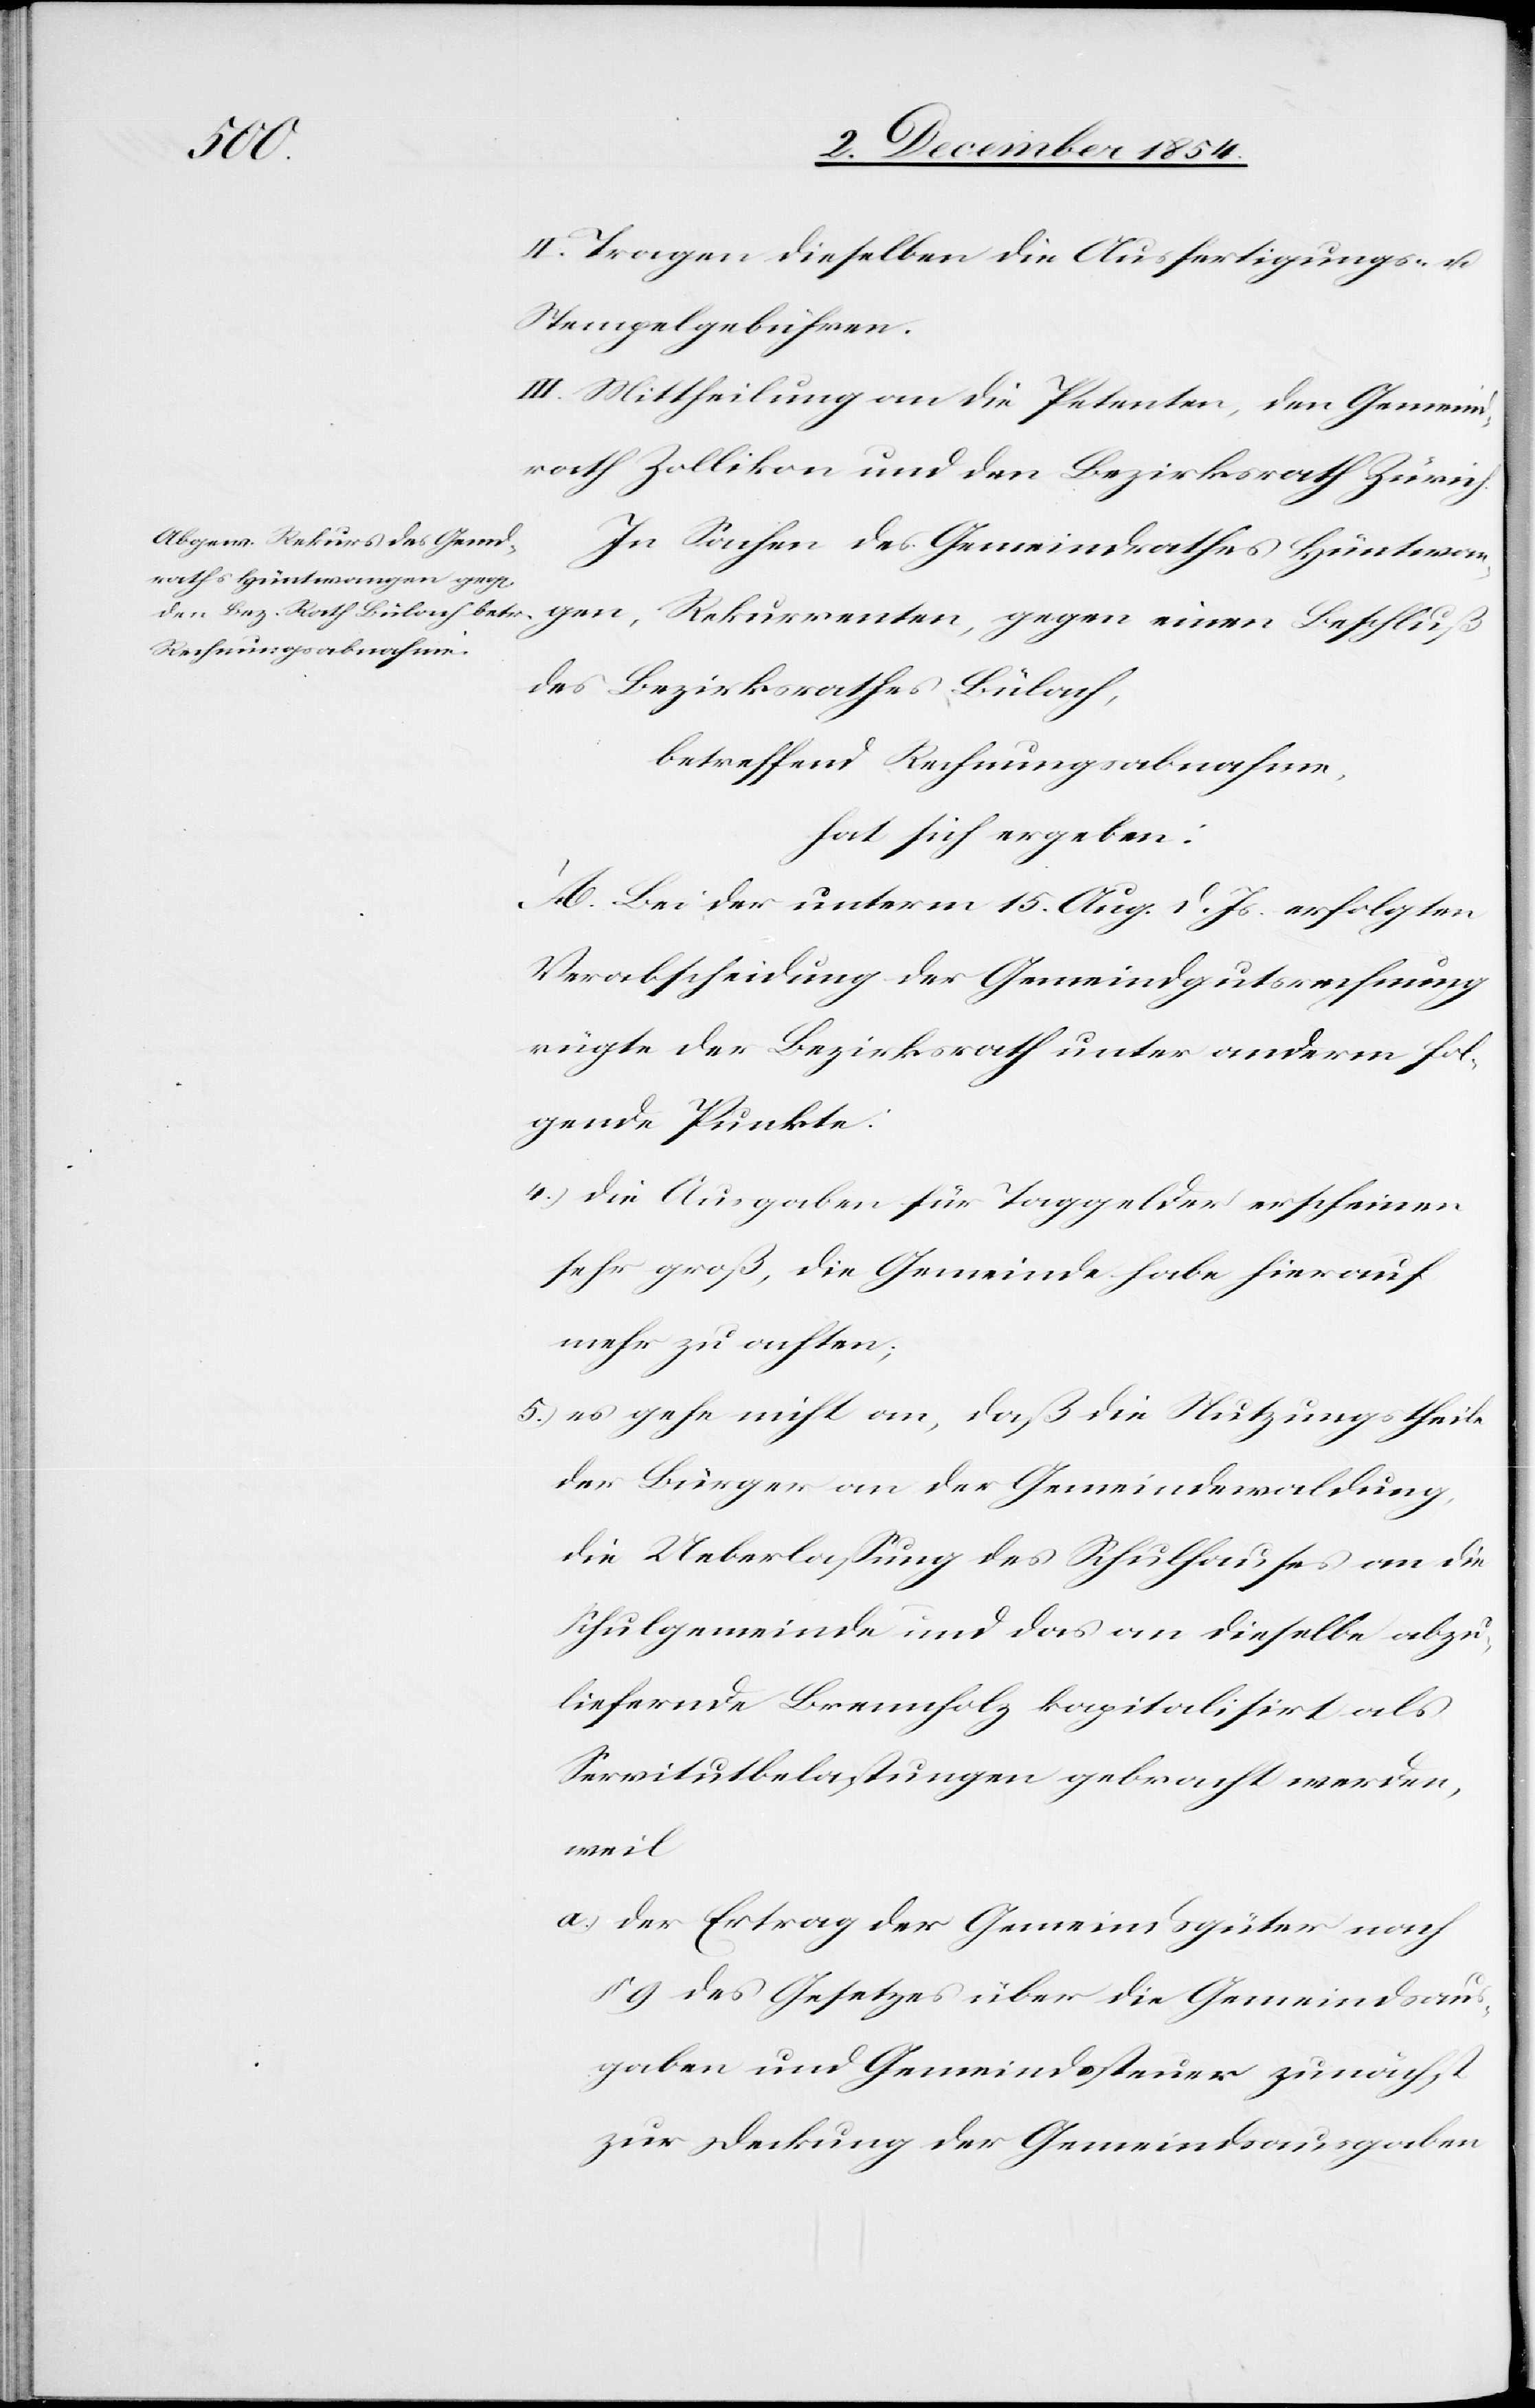
II. Tragen dieselben die Ausfertigungs- u.
Stempelgebühren.
III. Mittheilung an die Petenten, den Gemeind¬
rath Zollikon und den Bezirksrath Zürich.
In Sachen des Gemeindrathes Hüntwan¬
gen, Rekurrenten, gegen einen Beschluß
des Bezirksrathes Bülach,
betreffend Rechnungsabnahme,
hat sich ergeben:
A. Bei der unterm 15. Aug. d. Js. erfolgten
Verabscheidung der Gemeindgutsrechnung
rügte der Bezirksrath unter anderm fol¬
gende Punkte:
4.) die Ausgabe für Taggelder erscheinen
sehr groß, die Gemeinde habe hierauf
mehr zu achten;
5.) es gehe nicht an, daß die Nutzungstheile
der Bürger an der Gemeindewaldung
die Ueberlaßung des Schulhauses an die
Schulgemeinde und das an dieselbe abzu¬
liefernde Brennholz kapitalisirt als
Servitutbelastungen gebracht werden
weil
a.) der Ertrag der Gemeindsgüter nach
§ 9 des Gesetzes über die Gemeindsaus¬
gaben und Gemeindssteuer zunächst
zur Deckung der Gemeindsausgaben